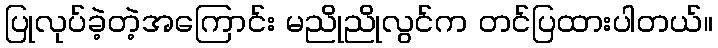
ပြုလုပ်ခဲ့တဲ့အကြောင်း မညိုညိုလွင်က တင်ပြထားပါတယ်။